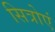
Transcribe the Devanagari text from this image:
सित्रोएं